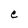
Character: e